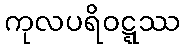
ကုလပရိဝဋ္ဋဿ